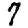
Digit: 7